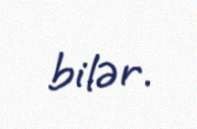
bilər.